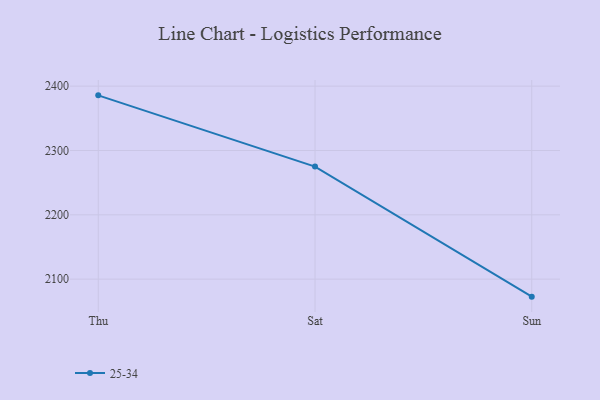
{"axis": {"x": "Day", "y": "Demand Index"}, "legend": ["25-34"], "data": [{"x": "Thu", "y": 2385.7, "type": "25-34"}, {"x": "Sat", "y": 2275.0, "type": "25-34"}, {"x": "Sun", "y": 2072.8, "type": "25-34"}]}